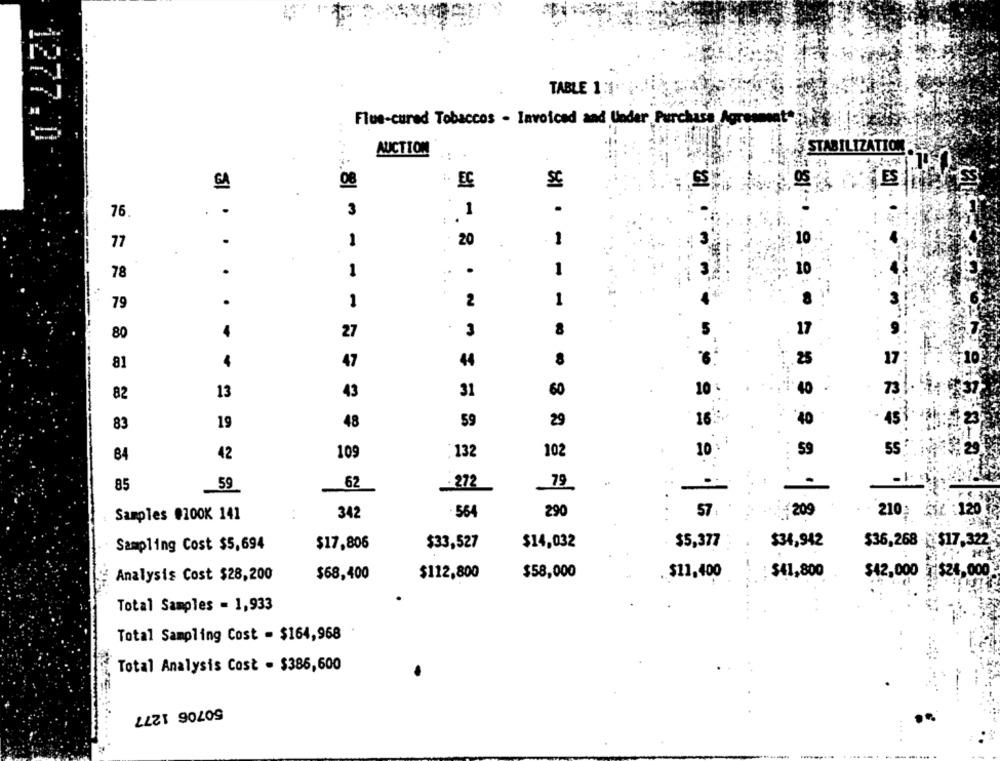
TABLE 1:1:"
Flue-cured Tobaccos - Invoiced and Under, Purchase Agra
1277.0
AUCTION
STABILIZATION
SC
ES
EC
.
76
.
3
.
: .
.
1
- 20
1
10
77
78
.
1
..
.
1
10
79
.
1
2
1
80
4
27
3
8
81
4
47
44
25
82
13
43
31
60
10
40
73
83
19
48
59
29
16
'40
45
10 :
84
42
109
:132
102
59
55 :
-
-1.
85
59
62
.272
79
Samples #100K 141
342
564
290
57
209
210; 212 :120
Sampling Cost $5,694
$17,806
$33,527
$14,032
$5,377
$34,942
$36,268 ℃ $17,322.
Analysis Cost $28,200
$68,400
$112,800
$58,000
.. $11,400
$41,800
$42,000 }$24.000
Total Samples = 1,933
Total Sampling Cost - $164,968
Total Analysis Cost - $386,600
50706 1277